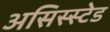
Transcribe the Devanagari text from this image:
असिस्स्टेड